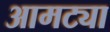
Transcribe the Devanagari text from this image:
आमट्या